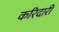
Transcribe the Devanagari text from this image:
करिदारी